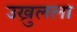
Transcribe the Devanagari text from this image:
उख्रुलला